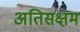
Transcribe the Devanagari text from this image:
अतिसक्षम